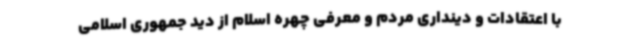
با اعتقادات و دینداری مردم و معرفی چهره اسلام از دید جمهوری اسلامی